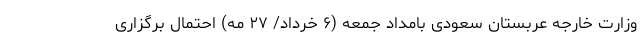
وزارت خارجه عربستان سعودی بامداد جمعه (۶ خرداد/ ۲۷ مه) احتمال برگزاری